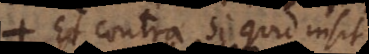
Et contra, si quid insit